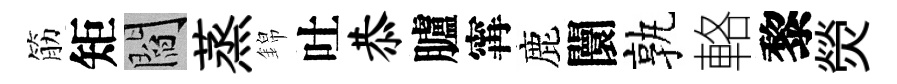
筋矩閻蒸錦吐恭臚𡩋鹿闤孰輅黎熒